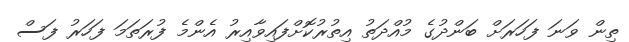
ތިން ވަނަ ފަހަރަށް ބަންދުގެ މުއްދަތު އިތުރުކޮށްފައިވާއިރު އެންމެ ފުރަތަމަ ފަހަރު ފަސް